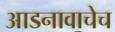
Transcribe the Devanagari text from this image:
आडनावाचेच